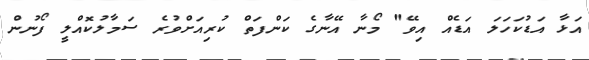
އަޅާ އަޑުކަހަލަ އަޑެއް އިވޭ" މޯނާ އޭނާގެ ކަންފަތް ކުރިއަށްވުރެ ސަމާލުކޮއްލީ ފޯނުން